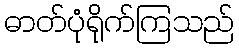
ဓာတ်ပုံရိုက်ကြသည်